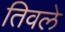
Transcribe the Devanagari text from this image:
तिवले